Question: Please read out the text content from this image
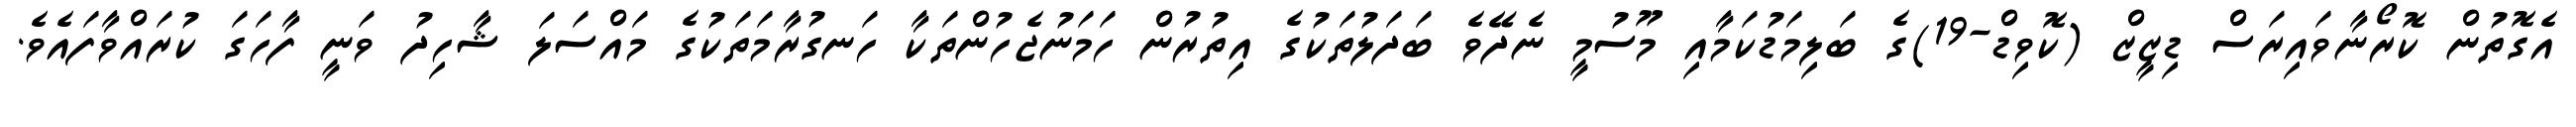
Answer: އެގޮތުން ކޮރޯނާވައިރަސް ޑިޒީޒް (ކޮވިޑް-19)ގެ ބަލިމަޑުކަމާއި މޫސުމީ ނެދޭވެ ބަދަލުތަކުގެ އިތުރުން ހަމަނުޖެހުންތަކާ ހަނގުރާމަތަކުގެ މައްސަލަ ޝާހިދު ވަނީ ފާހަގަ ކުރައްވާފައެވެ.